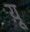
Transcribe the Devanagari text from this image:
य़ू